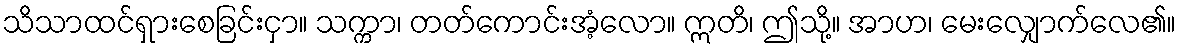
သိသာထင်ရှားစေခြင်းငှာ။ သက္ကာ၊ တတ်ကောင်းအံ့လော။ ဣတိ၊ ဤသို့။ အာဟ၊ မေးလျှောက်လေ၏။